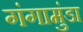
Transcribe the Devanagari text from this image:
गंगामुंडा